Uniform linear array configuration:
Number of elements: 8
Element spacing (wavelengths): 0.75
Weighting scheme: binomial
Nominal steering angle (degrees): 15
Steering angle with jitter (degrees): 13.251
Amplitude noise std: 0.05
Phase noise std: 0.05

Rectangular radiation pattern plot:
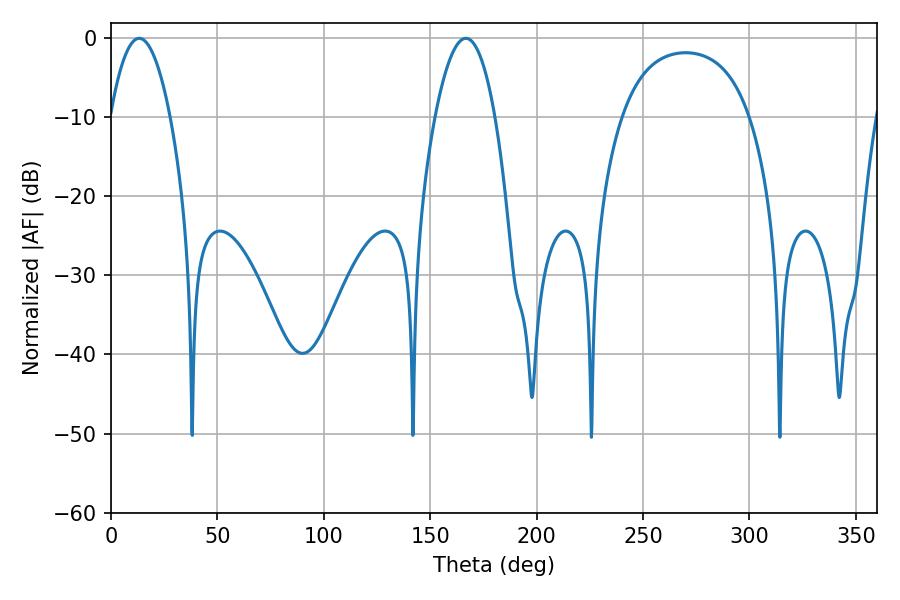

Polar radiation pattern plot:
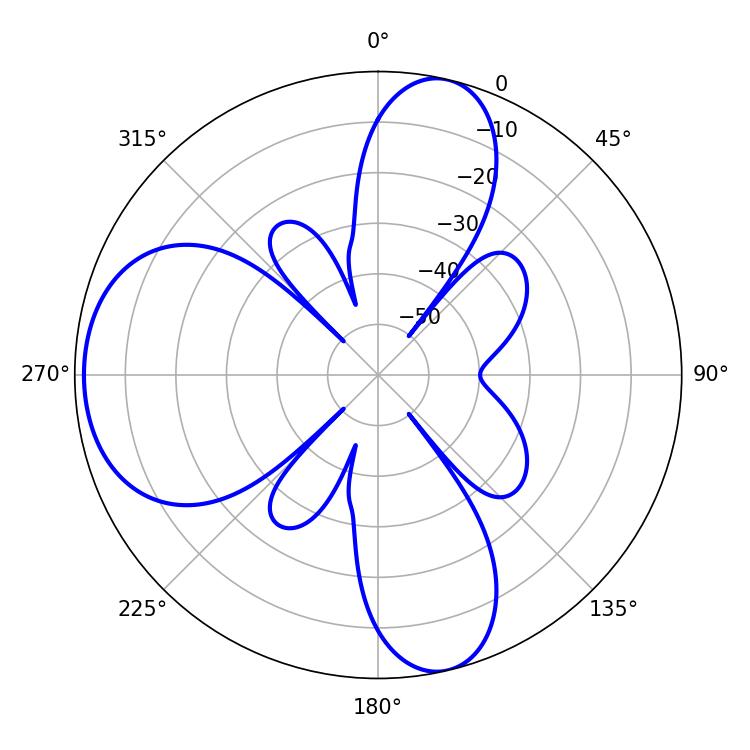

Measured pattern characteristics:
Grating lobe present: TRUE
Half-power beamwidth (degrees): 15.66
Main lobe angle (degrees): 13.32